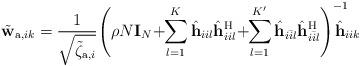
LaTeX: \begin{align*}\tilde{\mathbf{w}}_{\mathrm{a},ik} = \frac{1}{\sqrt{\tilde{\zeta}_{\mathrm{a},i}}}\! \left( \rho N \mathbf{I}_N \!+\!\! \sum_{l=1}^K \hat{\mathbf{h}}_{iil} \hat{\mathbf{h}}_{iil}^{\mathrm{H}} \!+\!\! \sum_{l=1}^{K'} \hat{\mathbf{h}}_{i\bar{i}l} \hat{\mathbf{h}}_{i\bar{i}l}^{\mathrm{H}} \right)^{-1} \!\!\!\!\!\! \hat{\mathbf{h}}_{iik}\end{align*}